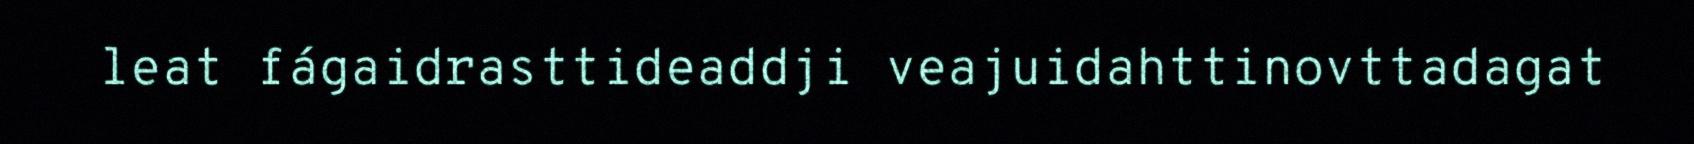
leat fágaidrasttideaddji veajuidahttinovttadagat